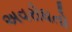
અવરોધતો